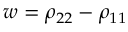
w = \rho _ { 2 2 } - \rho _ { 1 1 }